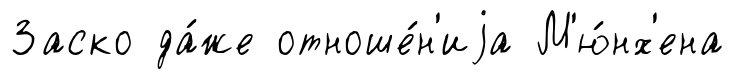
Заско да́же отноше́н'иjа М'ю́нх'ена